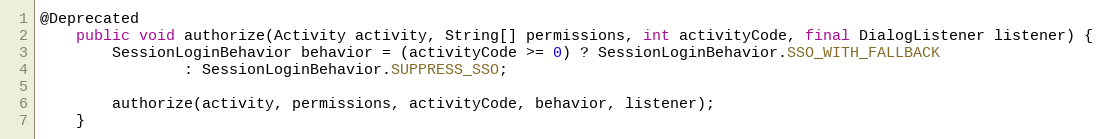
Language: Java
@Deprecated
    public void authorize(Activity activity, String[] permissions, int activityCode, final DialogListener listener) {
        SessionLoginBehavior behavior = (activityCode >= 0) ? SessionLoginBehavior.SSO_WITH_FALLBACK
                : SessionLoginBehavior.SUPPRESS_SSO;

        authorize(activity, permissions, activityCode, behavior, listener);
    }